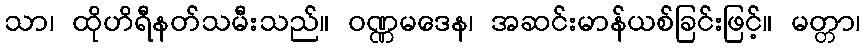
သာ၊ ထိုဟိရီနတ်သမီးသည်။ ဝဏ္ဏမဒေန၊ အဆင်းမာန်ယစ်ခြင်းဖြင့်။ မတ္တာ၊